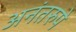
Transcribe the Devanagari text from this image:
अनंतरुपे